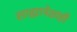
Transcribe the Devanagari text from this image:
साह्यापेक्षाही